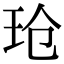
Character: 玱